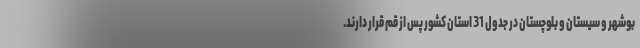
بوشهر و سیستان و بلوچستان در جدول 31 استان کشور پس از قم قرار دارند.